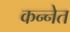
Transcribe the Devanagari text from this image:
कन्नेत